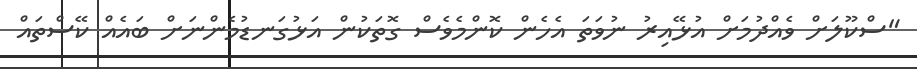
"ސްކޫލަށް ވެއްދުމަށް އުޅޭއިރު ނުވަތަ އެހެން ކޮންމެވެސް ގޮތަކުން އަޅުގަނޑުމެންނަށް ބައެއް ކޭސްތައް